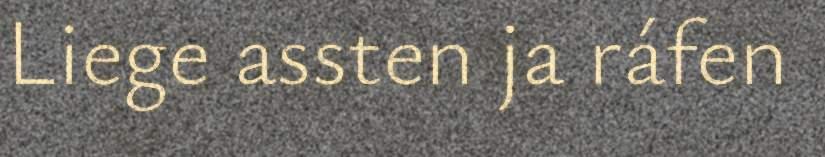
Liege assten ja ráfen